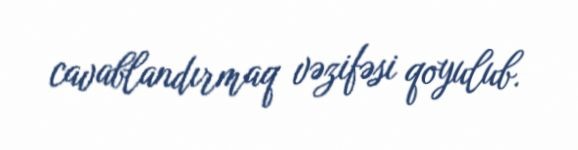
cavablandırmaq vəzifəsi qoyulub.